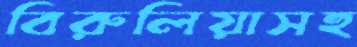
বিরুলিয়াসহ